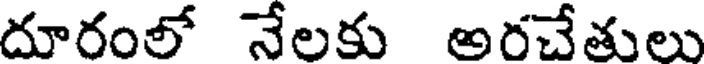
దూరంలో నేలకు అరచేతులు